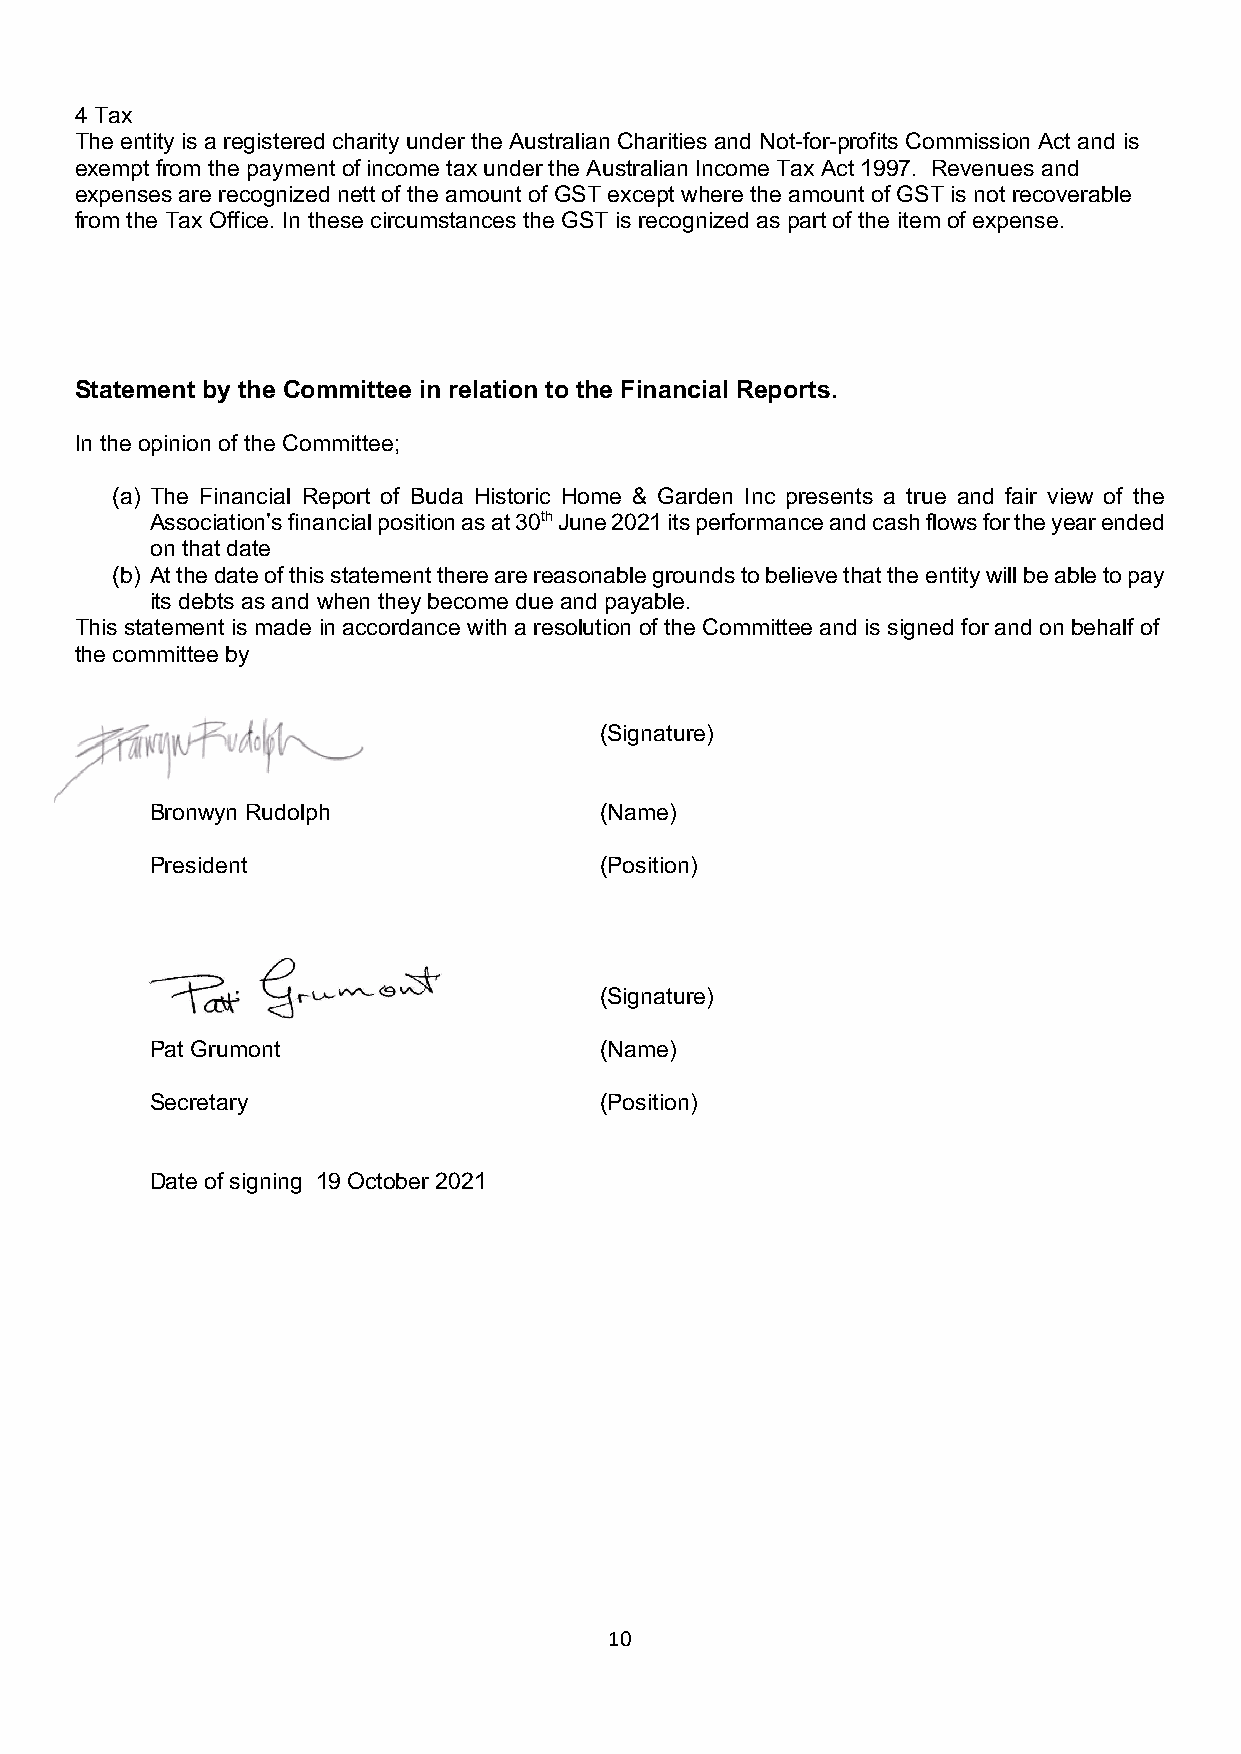
4 Tax
 The entity is a registered charity under the Australian Charities and Not-for-profits Commission Act and is
 exempt from the payment of income tax under the Australian Income Tax Act 1997. Revenues and
 expenses are recognized nett of the amount of GST except where the amount of GST is not recoverable
 from the Tax Office. In these circumstances the GST is recognized as part of the item of expense.
 Statement by the Committee in relation to the Financial Reports.
 In the opinion of the Committee;
 (a) The Financial Report of Buda Historic Home & Garden Inc presents a true and fair view of the
 Association’s financial position as at 30th June 2021 its performance and cash flows for the year ended
 on that date
 (b) At the date of this statement there are reasonable grounds to believe that the entity will be able to pay
 its debts as and when they become due and payable.
 This statement is made in accordance with a resolution of the Committee and is signed for and on behalf of
 the committee by
 (Signature)
 Bronwyn Rudolph               (Name)
 President                     (Position)
 (Signature)
 Pat Grumont                   (Name)
 Secretary                     (Position)
 Date of signing 19 October 2021
 10